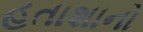
હતાશાનો